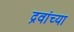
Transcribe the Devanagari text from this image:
द्रवांच्या